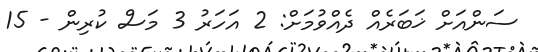
ސަންއަށް ޚަބަރެއް ދެއްވުމަށް: 2 އަހަރު 3 މަސް ކުރިން - 15